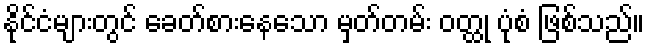
နိုင်ငံများတွင် ခေတ်စားနေသော မှတ်တမ်း ဝတ္ထု ပုံစံ ဖြစ်သည်။